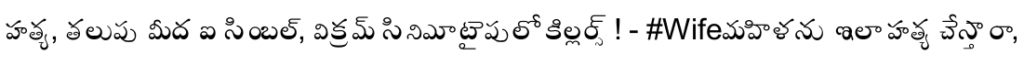
హత్య, తలుపు మీద ఐ సింబల్, విక్రమ్ సినిమా టైపులో కిల్లర్స్! - #Wifeమహిళను ఇలా హత్య చేస్తారా,